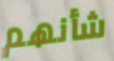
شأنهم